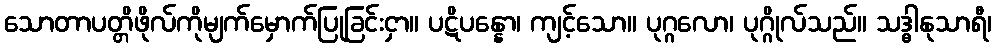
သောတာပတ္တိဖိုလ်ကိုမျက်မှောက်ပြုခြင်းငှာ။ ပဋိပန္နော၊ ကျင့်သော။ ပုဂ္ဂလော၊ ပုဂ္ဂိုလ်သည်။ သဒ္ဓါနုသာရီ၊